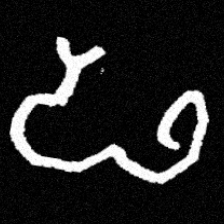
Pyu character \u2014 Myanmar letter: ဖ (romanized: pha)